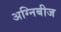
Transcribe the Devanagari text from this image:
अग्निबीज